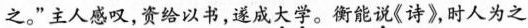
之。”主人感叹，资给以书，遂成\underset{·}{大}\underset{·}{学}。衡能\underset{·}{说}《诗》，时人为之